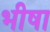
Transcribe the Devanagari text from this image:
भीषा